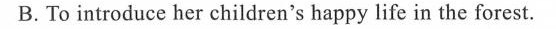
B.To introduce her children's happy life in the forest.